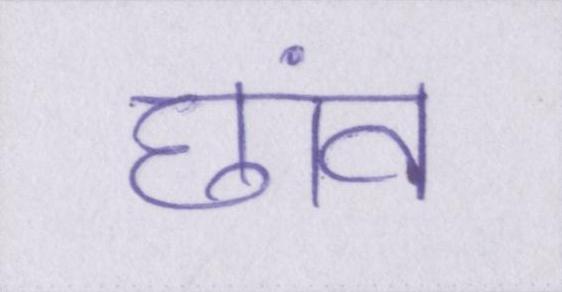
छांव